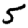
Digit: 5